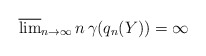
\begin{align*}\overline{\lim}_{n\rightarrow\infty}\,n\,\gamma(q_{n}(Y))=\infty\end{align*}